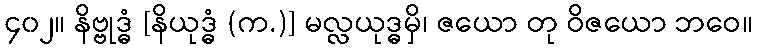
၄၀၂။ နိဗ္ဗုဒ္ဓံ [နိယုဒ္ဓံ (က.)] မလ္လယုဒ္ဓမှိ၊ ဇယော တု ဝိဇယော ဘဝေ။